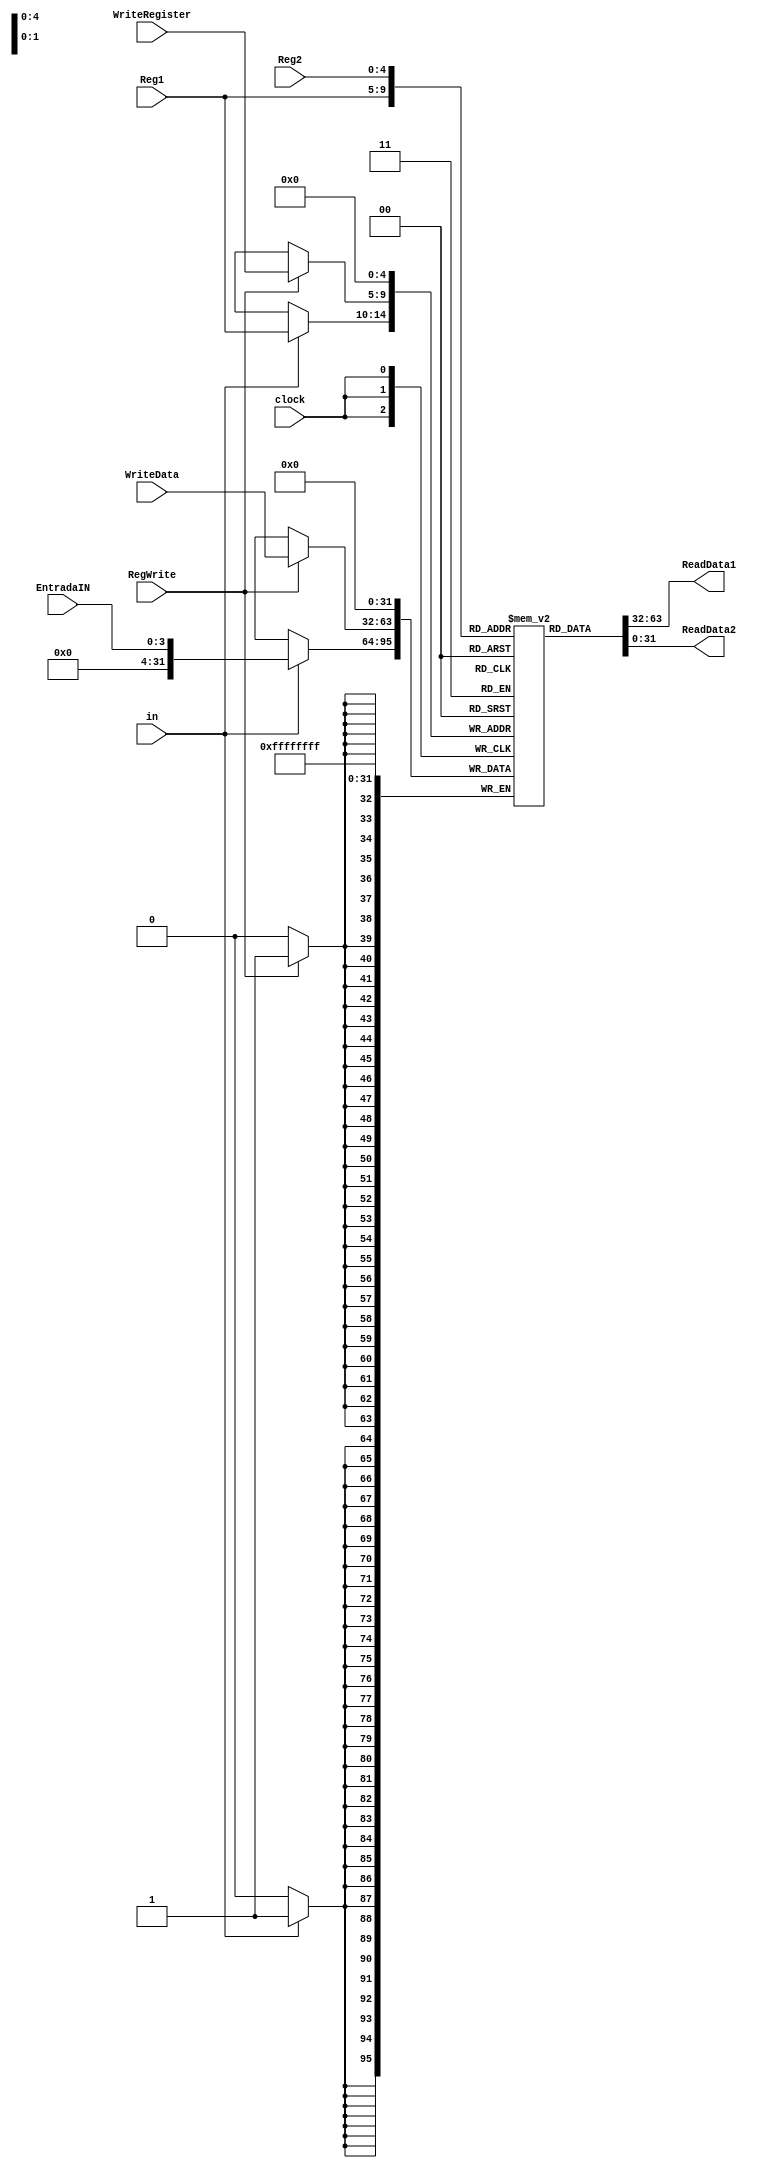
module BancoReg ( Reg1 , Reg2 , WriteRegister , WriteData , RegWrite ,
ReadData1 , ReadData2 ,  clock, in, EntradaIN ) ;

 input [4:0] Reg1 , Reg2 , WriteRegister ;
 input [31:0] WriteData;
 input [3:0] EntradaIN;
 input RegWrite ,in, clock ;
 output [31:0] ReadData1 , ReadData2;
 reg [31:0] Registers [31:0];

 always @ ( posedge clock )
 begin
 Registers[0] = 0;
 
 if ( RegWrite )
 Registers [ WriteRegister ] = WriteData ;
 
 if(in)
 Registers[Reg1] = EntradaIN;
 
 
 end

 assign ReadData1 = Registers [ Reg1 ];
 assign ReadData2 = Registers [ Reg2 ];

 endmodule